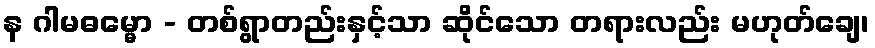
န ဂါမဓမ္မော - တစ်ရွာတည်းနှင့်သာ ဆိုင်သော တရားလည်း မဟုတ်ချေ၊